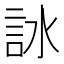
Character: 𧦋